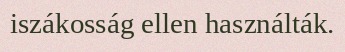
iszákosság ellen használták.